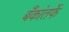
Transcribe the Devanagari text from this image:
बँकांतर्फे